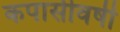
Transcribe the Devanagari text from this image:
कपासीवर्षी